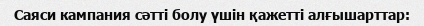
Саяси кампания сәтті болу үшін қажетті алғышарттар: